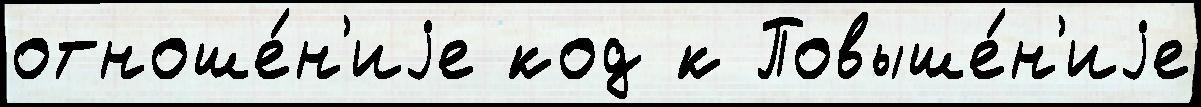
отноше́н'иjе код к Повыше́н'иjе